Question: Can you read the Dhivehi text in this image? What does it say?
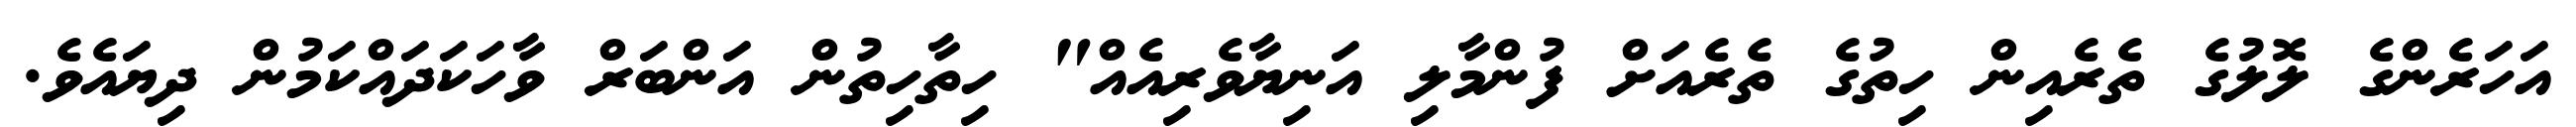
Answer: އަހަރެންގެ ލޮލުގެ ތެރެއިން ހިތުގެ ތެރެއަށް ފުންމާލި އަނިޔާވެރިއެއް" ހިތާހިތުން އަންބަރް ވާހަކަދައްކަމުން ދިޔައެވެ.